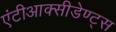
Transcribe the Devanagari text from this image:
एंटीआक्सीडेण्ट्स